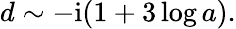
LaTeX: \begin{array}{r}{d\sim-\mathrm{i}(1+3\log a).}\end{array}